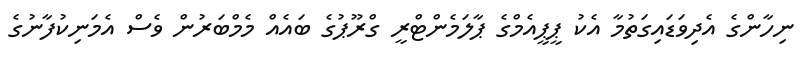
ނިހާންގެ އެދިވަޑައިގަތުމާ އެކު ޕީޕީއެމްގެ ޕާލަމެންޓްރީ ގްރޫޕުގެ ބައެއް މެމްބަރުން ވެސް އެމަނިކުފާނުގެ